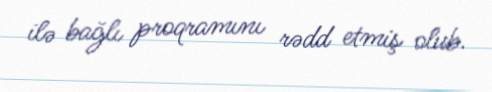
ilə bağlı proqramını rədd etmiş olub.